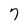
Character: 7